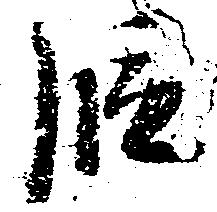
段